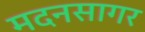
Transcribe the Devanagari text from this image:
मदनसागर